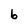
Character: b